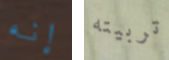
إنه تربيته